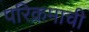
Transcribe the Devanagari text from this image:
परिक्रमाची